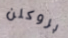
بروكلن